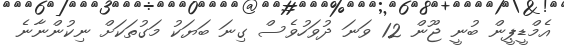
އެމްޑީޕީން ބުނީ ޖޫން 12 ވަނަ ދުވަހުވެސް ގިނަ ބަޔަކު މަގުތަކަށް ނިކުންނާނެ